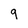
Character: 9